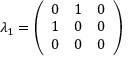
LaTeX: \lambda _ { 1 } = { \left( \begin{array} { l l l } { 0 } & { 1 } & { 0 } \\ { 1 } & { 0 } & { 0 } \\ { 0 } & { 0 } & { 0 } \end{array} \right) }